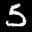
Label: 5